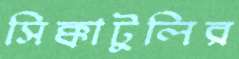
সিক্কাটুলির